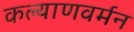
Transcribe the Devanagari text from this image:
कल्याणवर्मन